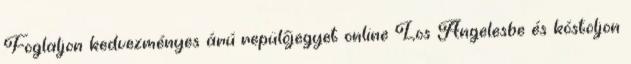
Foglaljon kedvezményes árú repülőjegyet online Los Angelesbe és kóstoljon